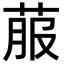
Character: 菔